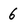
Character: 6